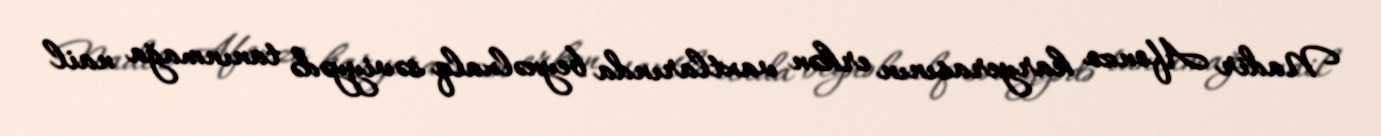
Nadir Afonzo karyerasının erkən vaxtlarında beynəlxalq səviyyədə tanınmağa nail